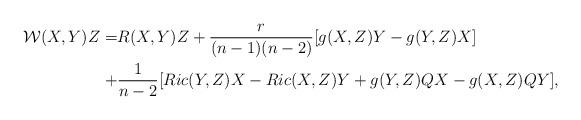
LaTeX: \begin{align*}\mathcal{W}(X,Y)Z=&R(X,Y)Z+\frac{r}{(n-1)(n-2)}[g(X,Z)Y-g(Y,Z)X]\\ +&\frac{1}{n-2}[Ric(Y,Z)X-Ric(X,Z)Y+g(Y,Z)QX-g(X,Z)QY],\end{align*}